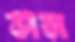
সম